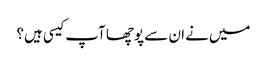
میں‌نے ان سے پوچھا آپ کیسی ہیں؟